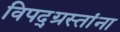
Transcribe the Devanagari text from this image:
विपद्‌ग्रस्तांना